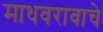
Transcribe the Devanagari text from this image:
माधवरावाचे